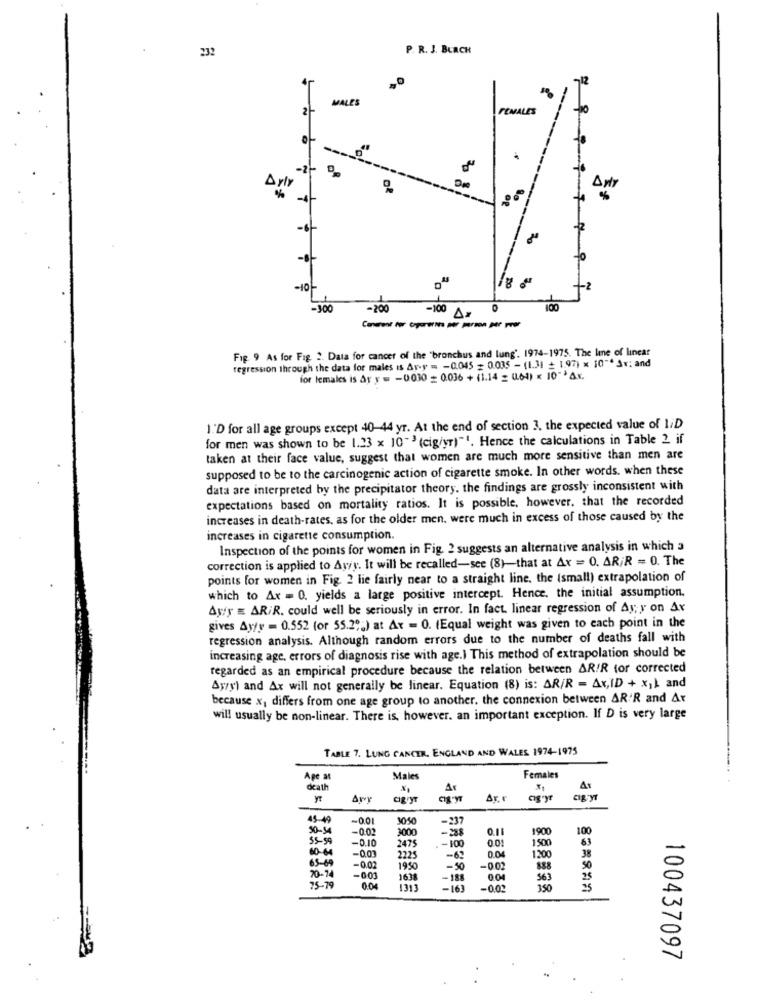
232
P. R. J. BURCH
12
MALES
PENALES
-2-
Arly
Anty
-6
20
-10%
-300
-200
-100 A#
100
Conurent for Cogerernes per person per year
Fig. 9 As for Fag 2. Data for cancer of the 'bronchus and lung'. 1974-1975. The line of linear
regression through the data for males is Ar-y = - 0.045 = 0.035 - (1.31 + 1.97) x 10"* Sv: and
for lemales is Ar y = - 0030 = 0.036 + (1.14 - 0.64) < 10"* Ax.
1'D for all age groups except 40-44 yr. At the end of section 3. the expected value of LiD
for men was shown to be 1.23 x 10" > (cig/yr)"1. Hence the calculations in Table 2 if
taken at their face value, suggest that women are much more sensitive than men are
supposed to be to the carcinogenic action of cigarette smoke. In other words. when these
data are interpreted by the precipitator theory. the findings are grossly inconsistent with
expectations based on mortality ratios. It is possible, however, that the recorded
increases in death-rates, as for the older men, were much in excess of those caused by the
increases in cigarette consumption.
Inspection of the points for women in Fig. 2 suggests an alternative analysis in which a
correction is applied to Awy. It will be recalled-see (8)-that at Ax = 0. AR;R = 0. The
points for women in Fig. 2 lie fairly near to a straight line. the (small) extrapolation of
which to Ax = 0. yields a large positive intercept. Hence. the initial assumption.
Ayfy = AR/R. could well be seriously in error. In fact. linear regression of Ay; y on Ar
gives Ayy = 0.552 (or 55.2";) at Ax = 0. (Equal weight was given to each point in the
regression analysis. Although random errors due to the number of deaths fall with
increasing age, errors of diagnosis rise with age.) This method of extrapolation should be
regarded as an empirical procedure because the relation between AR!R tor corrected
Ayzyl and Ax will not generally be linear. Equation (8) is: AR/R = Av,ID + x11 and
because x, differs from one age group to another. the connexion between AR'R and Ar
will usually be non-linear. There is, however. an important exception. If D is very large
TABLE 7. LUNG CANCER. ENGLAND AND WALES 1974-1975
Ape at
Males
Females
death
Ar
Arr
CIBryT
Dr.
ag'ye
cig-yr
45-49
~0.01
1050
-237
50-9
-0.02
3000
-2
1900
100
55- 5
-0.10
2475
.- 100
0.01
1500
63
60-64
-0.0
0.04
38
65-69
2225
-62
1200
20-74
-00
1950
-50
-0.02
50
-0.03
1638
-188
0.04
563
25
75-79
0.04
1313
-16
-0.03
350
100437097